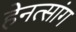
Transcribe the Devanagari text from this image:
हेनत्सांग